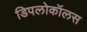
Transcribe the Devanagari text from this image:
डिपलोकॉलस